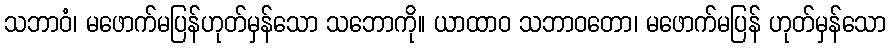
သဘာဝံ၊ မဖောက်မပြန်ဟုတ်မှန်သော သဘောကို။ ယာထာဝ သဘာဝတော၊ မဖောက်မပြန် ဟုတ်မှန်သော